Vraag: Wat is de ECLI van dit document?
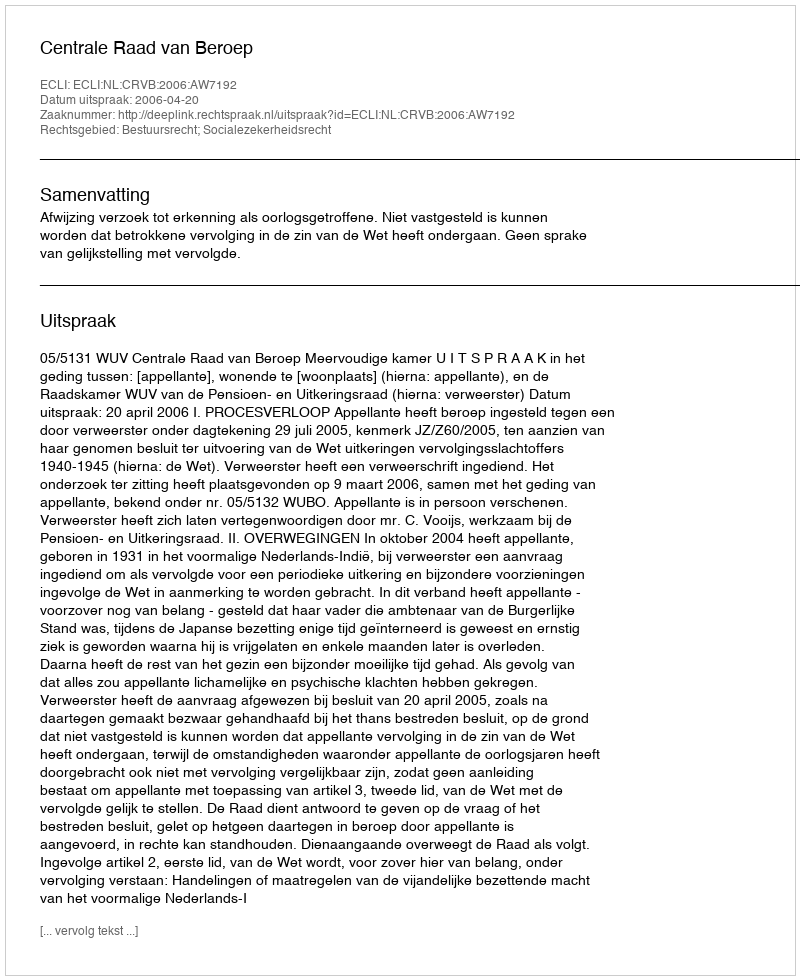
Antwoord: ECLI:NL:CRVB:2006:AW7192